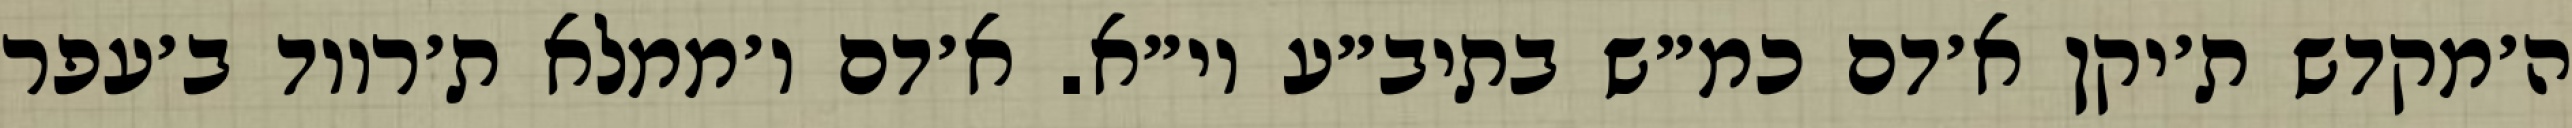
ה׳מקדש ת׳יקן א׳דם כמ״ש בתיב״ע וי״א. א׳דם ו׳ממלא ת׳רווד ב׳עפר